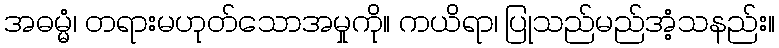
အဓမ္မံ၊ တရားမဟုတ်သောအမှုကို။ ကယိရာ၊ ပြုသည်မည်အံ့သနည်း။